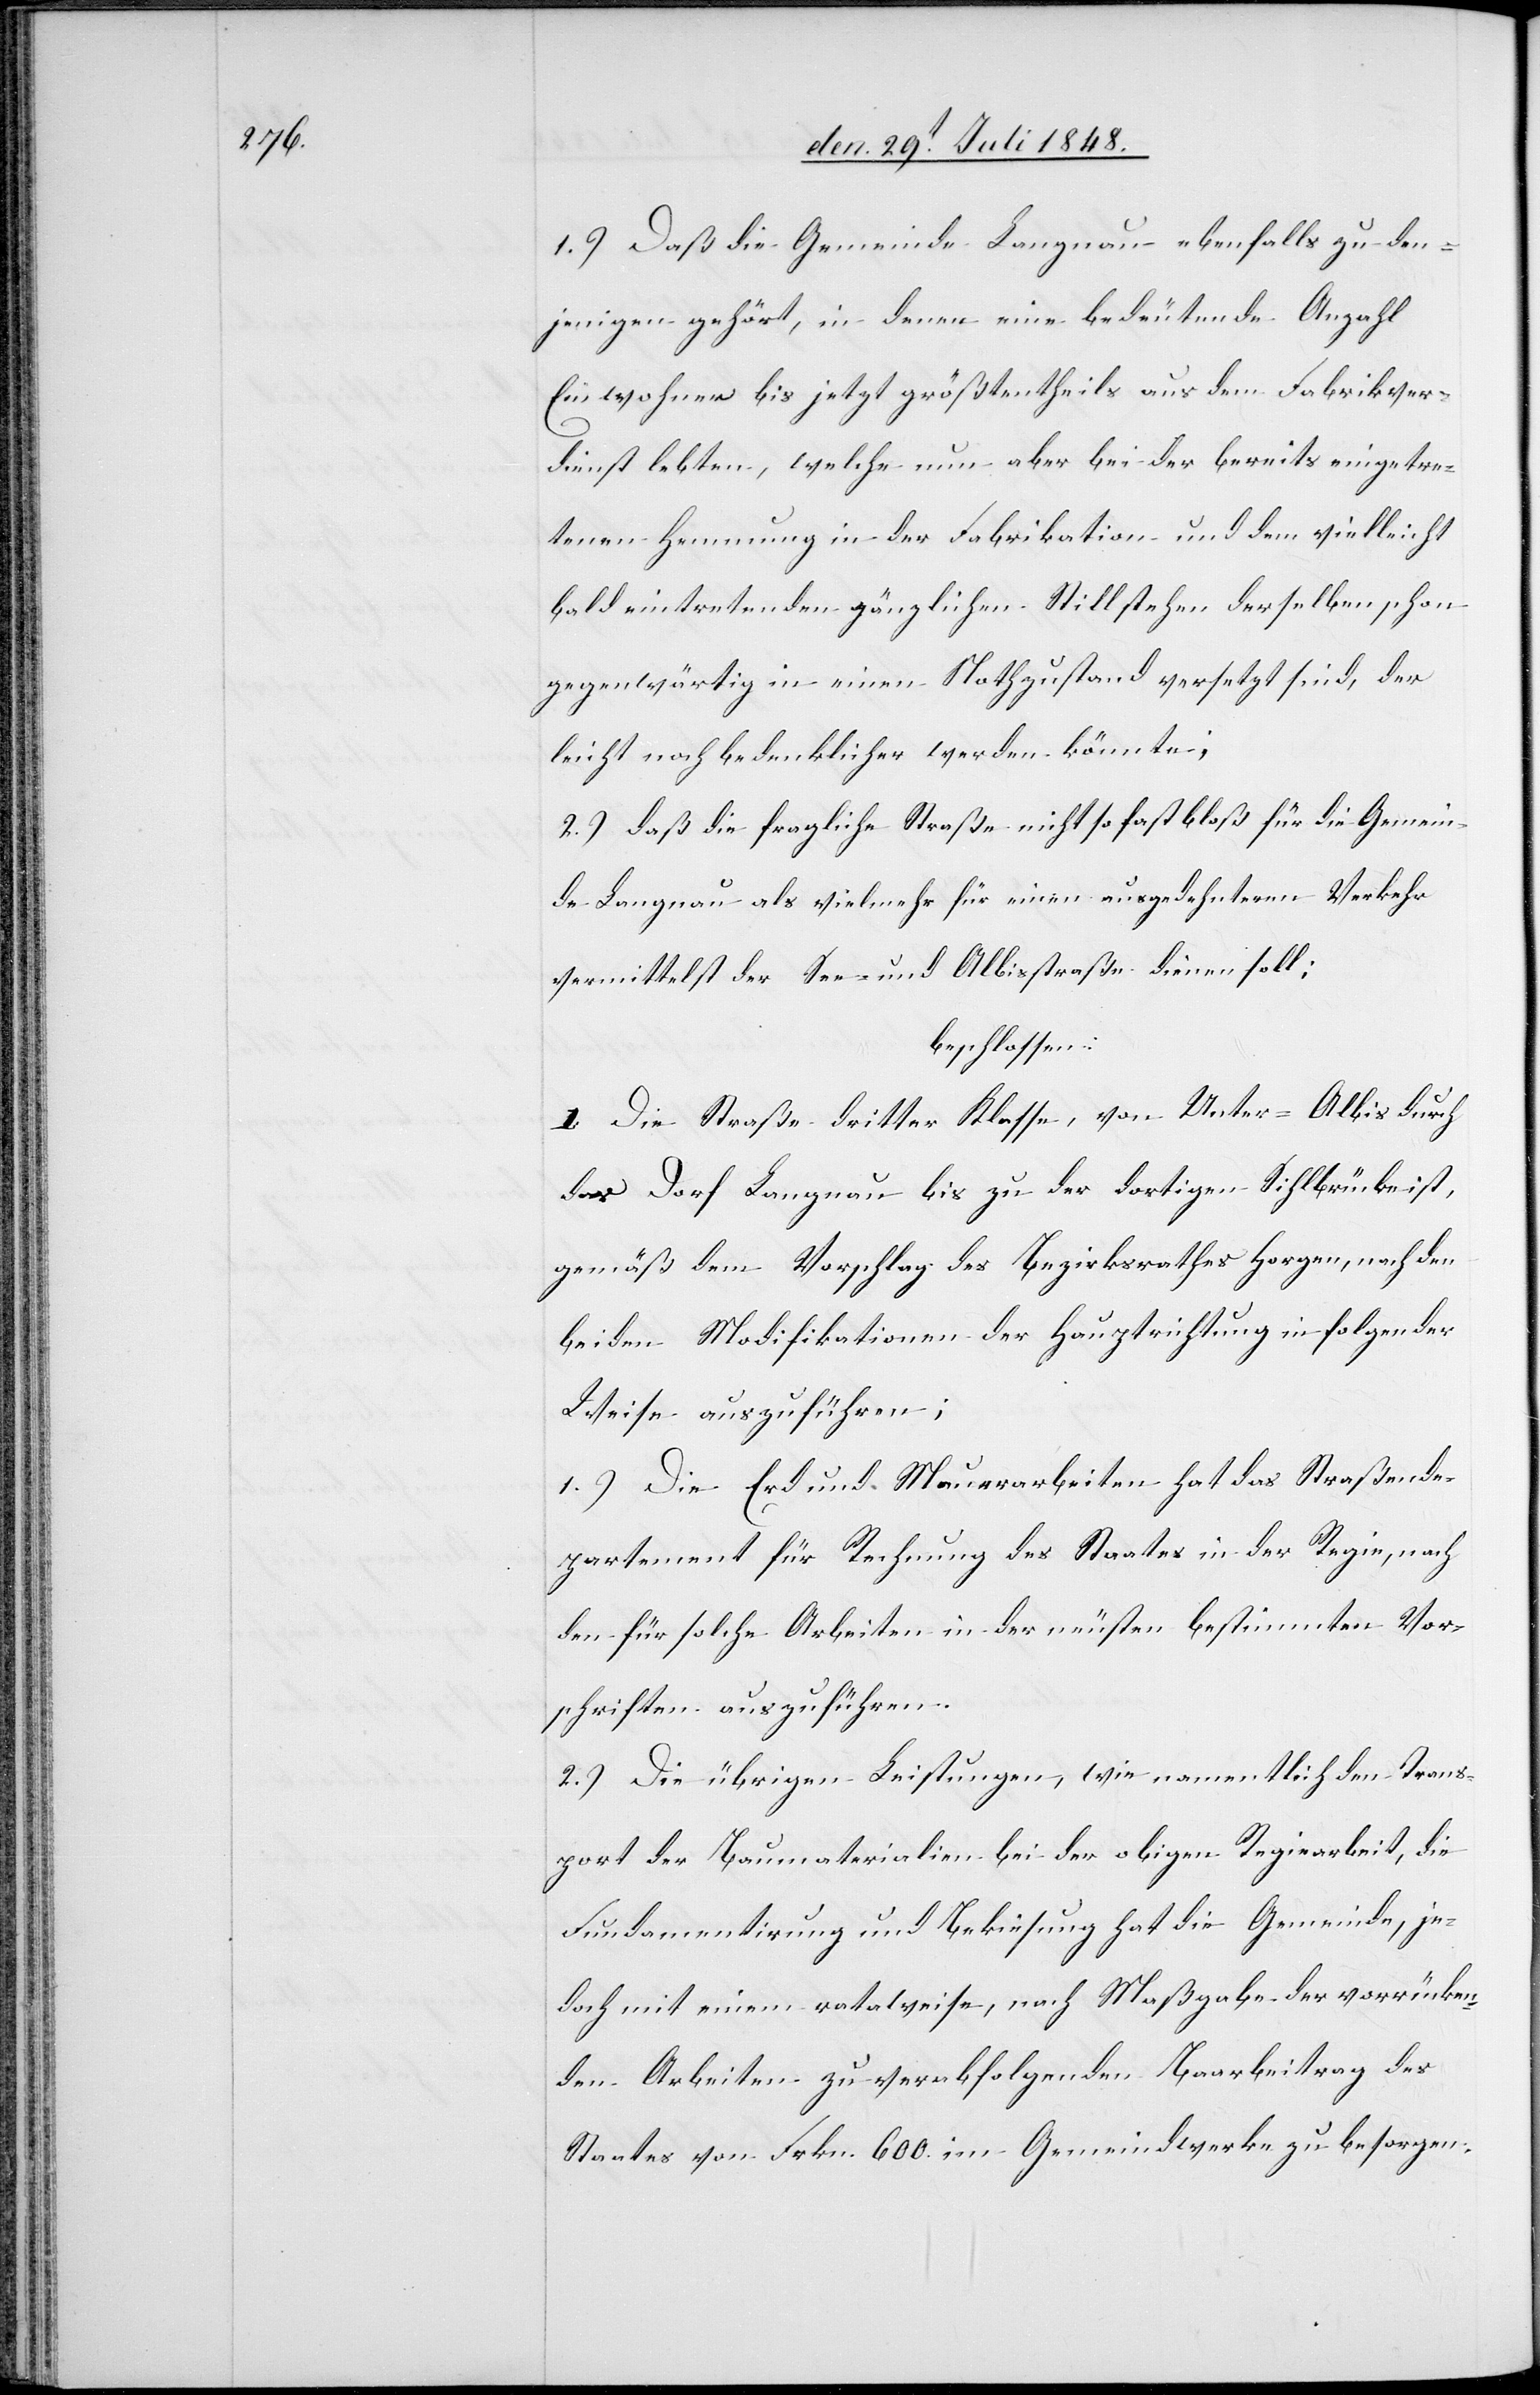
1.) Daß die Gemeinde Langnau ebenfalls zu den¬
jenigen gehört, in denen eine bedeutende Anzahl
Einwohner bis jetzt größtentheils aus dem Fabrikver¬
dienst lebten, welche nun aber bei der bereits eingetre¬
tenen Hemmung in der Fabrikation und dem vielleicht
bald eintretenden gänzlichen Stillstehen derselben schon
gegenwärtig in einen Nothzustand versetzt sind, der
leicht noch bedenklicher werden könnte;
2.) daß die fragliche Straße nicht so fast bloß für die Gemein¬
de Langnau als vielmehr für einen ausgedehntern Verkehr
vermittelst der See- und Albisstraße dienen soll;
beschlossen:
I. Die Straße dritter Klasse, von Unter-Albis durch
das Dorf Langnau bis zu der dortigen Sihlbrücke ist,
gemäß dem Vorschlag des Bezirksrathes Horgen, nach den
beiden Modifikationen der Hauptrichtung in folgender
Weise auszuführen:
1.) Die Erd und Mauerarbeiten hat das Straßende¬
partement für Rechnung des Staates in der Regie, nach
den für solche Arbeiten in der neusten bestimmten Vor¬
schriften auszuführen.
2.) Die übrigen Leistungen, wie namentlich den Trans¬
port der Baumaterialien bei der obigen Regiearbeit, die
Fundamentirung und Bekiesung hat die Gemeinde, je¬
doch mit einem rataweise, nach Maßgabe der vorrücken¬
den Arbeiten zu verabfolgenden Baarbeitrag des
Staates von Frkn. 600. im Gemeindwerke zu besorgen.